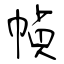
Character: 幀